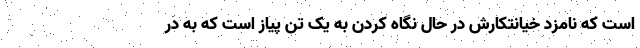
است که نامزد خیانتکارش در حال نگاه کردن به یک تن پیاز است که به در